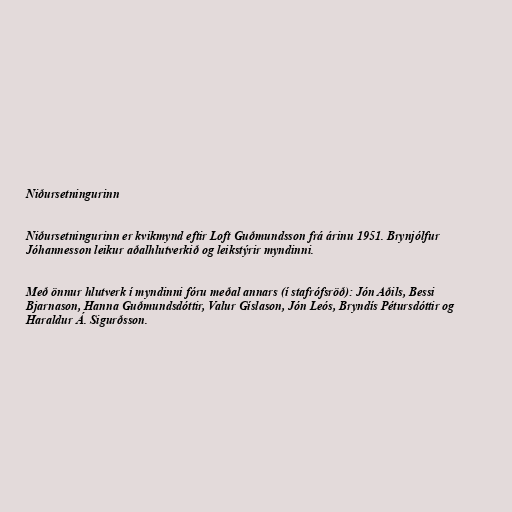
Niðursetningurinn

Niðursetningurinn er kvikmynd eftir Loft Guðmundsson frá árinu 1951. Brynjólfur
Jóhannesson leikur aðalhlutverkið og leikstýrir myndinni.

Með önnur hlutverk í myndinni fóru meðal annars (í stafrófsröð): Jón Aðils, Bessi
Bjarnason, Hanna Guðmundsdóttir, Valur Gíslason, Jón Leós, Bryndís Pétursdóttir og
Haraldur Á. Sigurðsson.